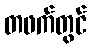
တဖက်တွင်